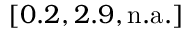
[ 0 . 2 , 2 . 9 , \mathrm { n . a . } ]